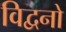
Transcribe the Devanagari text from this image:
विद्वनो